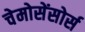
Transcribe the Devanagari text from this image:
चेमोसेंसोर्स